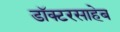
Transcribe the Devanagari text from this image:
डॉक्टरसाहेब